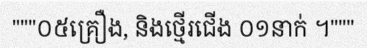
"""០៥គ្រឿង, និងថ្មើរជើង ០១នាក់ ។"""